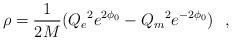
LaTeX: \begin{align*}\rho = \frac{1}{2 M} ({Q_e}^2 e^{2\phi_0} - {Q_m}^2 e^{-2\phi_0})~~,\end{align*}